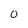
Character: O